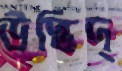
উদ্ভিদ্‌